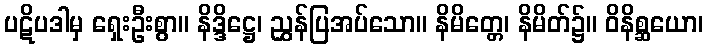
ပဋိပဒါမှ ရှေးဦးစွာ။ နိဒ္ဒိဋ္ဌေ၊ ညွှန်ပြအပ်သော။ နိမိတ္တေ၊ နိမိတ်၌။ ဝိနိစ္ဆယော၊